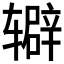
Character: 𬨔